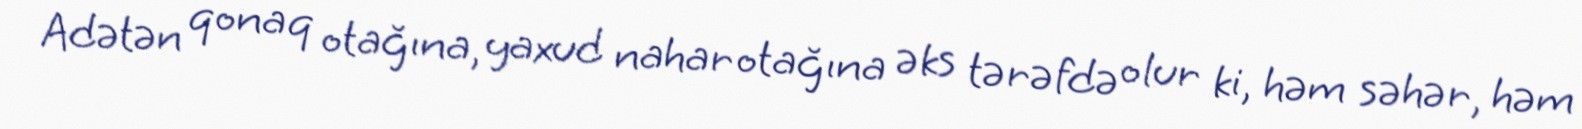
Adətən qonaq otağına, yaxud nahar otağına əks tərəfdə olur ki, həm səhər, həm